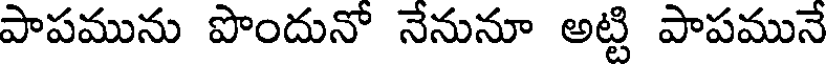
పాపమును పొందునో నేనునూ అట్టి పాపమునే